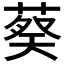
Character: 𬝢